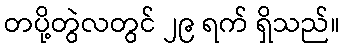
တပို့တွဲလတွင် ၂၉ ရက် ရှိသည်။